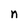
Character: n